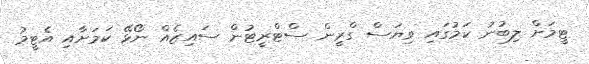
ޓީމަށް ލިބުނު ކަމުގައި ވިޔަސް ގްރީން ސްޓްރީޓުން ސައިޒެއް ނޯޅޭ ކަމަށާއި އެޓީމު